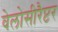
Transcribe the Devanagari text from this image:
वेलोसीरैप्टर